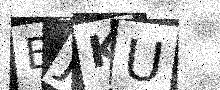
Text: BJKU